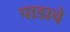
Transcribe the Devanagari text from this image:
पाडाचे